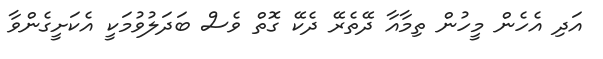
އަދި އެހެން މީހުން ތިމާއާ ދޭތެރޭ ދެކޭ ގޮތް ވެސް ބަދަލުވުމަކީ އެކަށީގެންވާ